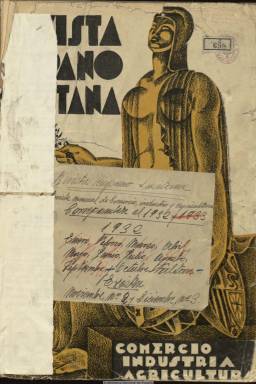
Título: Revista hispano lusitana
Otros títulos: Revista hispano-lusitana
Colección: Economía
Ámbito geográfico: Madrid
Lugar de publicación: Madrid
Fechas: 01/11/1932-30/06/1933

Con el subtitulo “revista mensual de comercio, industria y agricultura”, la funda en octubre de 1932 Carlos Romero Giménez (1890-1978), un militar español que ya estaba en posesión de la Laureada de San Fernando por su intervención en la Guerra del Rif, quien tras regresar de Lisboa donde había sido agregado Comercial de España, también estaba prestando en esos momentos en Madrid ayuda a los portugueses perseguidos por la recién instaurada dictadura de Antonio de Oliveira Salazar (1889-1970). El objeto de la publicación fue dar a unas economías entonces “ajenas, separadas, extrañas”, un impulso de aproximación y complementación, enmarcado en un renovado iberismo patriótico tanto en España como en Portugal. El patrocinio financiero de la publicación provino del checoeslovaco hispanófilo Emilio Schubert, que fue su subdirector-gerente, a través de la Editorial Hispano Lusitana; su redactor-jefe fue el periodista José de la Cueva, autor, junto a su hermano Jorge, del Himno de Infantería (1911). Para su fin se nutrió de colaboraciones de prestigiosos y competentes expertos. Sus textos son bilingües, en castellano y portugués.

La colección de la Biblioteca Nacional de España comprende desde su número 2, correspondiente a noviembre de 1932, a su número extraordinario 5-9, de junio de 1933. Son entregas en torno al centenar y medio de páginas, compuestas a dos columnas, con un definido diseño modernista, que contienen también inserciones publicitarias, y cuyos artículos y demás textos redaccionales están a veces acompañados de fotografías, dibujos o croquis, algunas veces estampados a diferentes tintas e, incluso, con algunas láminas en color. Además de los asuntos indicados en su subtítulo, la revista prestó atención a otros temas de actualidad y de vivo interés relacionados con un novedoso progreso económico entre ambos países, como las comunicaciones (autovía Madrid-Lisboa) o el turismo (Alicante).

Las páginas de la revista están estructuradas en secciones bien delimitadas. Comienza con los editoriales bajo el epígrafe Intereses ibéricos, como era, por ejemplo, la unión aduanera, y le siguen los dedicados a Aviación, Agricultura, Industria, Comercio, Política económica, Turismo, Cambios y finanzas, Cotizaciones de las bolsas españolas (Madrid, Barcelona y Bilbao) y portuguesa (Lisboa), Banca, Política colonial, Minas, metales y combustibles, Medicina y sanidad, Política arancelaria, Navegación, Ferrocarriles y transportes mecánicos, Organización de Estados, Seguros, Libros y publicaciones o Miscelánea informativa. En su número especial de junio dedicará fuera de sus secciones diversos textos sobre el futuro urbanístico de Madrid, con textos de Antonio Velasco Zazo, Secundino de Zuazo Ugalde, Antonio de Hoyos Vinent y Roberto Castrovido.

Entre sus colaboradores estuvieron ingenieros, profesores, médicos, periodistas y escritores y personalidades que en aquel momento ocupaban altos cargos en la Administración republicana. Entre ellos, Marcelino Domingo, entonces ministro de Agricultura; Eduardo España, presidente del Touring-Club Español; Fernando Baños, jefe de Estudios del Banco de España; Ramón Nogués Biset, director general de Comercio; Rafael Salazar Alonso, presidente de la Diputación de Madrid; Fernando Valero, director general de Agricultura; Carlos Pi y Súñer, consejero de Hacienda de la Generalidad de Cataluña, así como el diputado Manuel González Barrios, el médico Mariano del Amor, el catedrático Antonio Bartolomé y Más, el ingeniero H. González del Castillo, la profesora Dolores Gortázar, el escritor Antonio Lezama o el comandante aviador Luis Romero, entre otros muchos.

Como militar leal a la II República Española, Romero Giménez está considerado como el “héroe máximo de la defensa de Madrid” durante la guerra civil, y fundó y dirigió también la revista de técnica militar Defensa nacional (1937-1938), también en la colección de la Biblioteca Nacional de España. Condenado a muerte por Franco, participó en Burdeos en la resistencia francesa contra la ocupación nazi, llegando a ser preso y torturado por la Gestapo. En su exilio en México, reanudó posteriormente la publicación de la revista Defensa nacional.